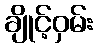
ချိုင့်ဝှမ်း